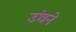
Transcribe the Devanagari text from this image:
उंघने